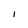
Character: 1